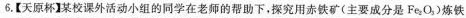
6.【天原杯】某校课外活动小组的同学在老师的帮助下，探究用赤铁矿(主要成分是(\mathrm{Fe}_{2} \mathrm{O}_{3})炼铁